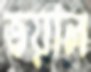
ভয়াল